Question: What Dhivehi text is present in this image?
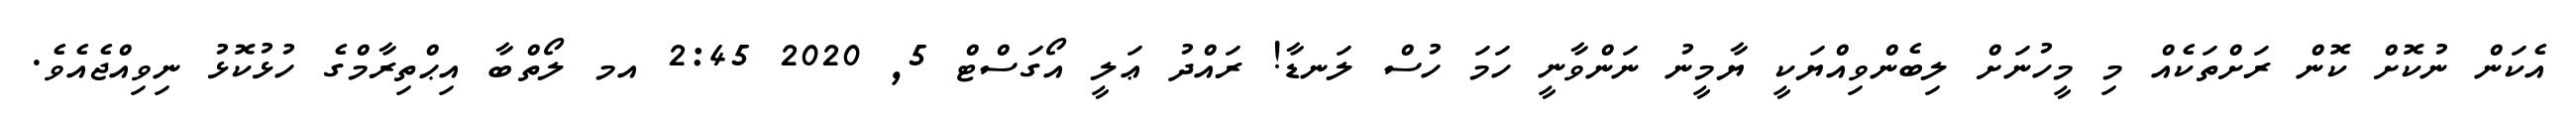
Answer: އެކަން ނުކޮށް ކޮން ރަށްތަކެއް މި މީހުނަށް ލިބެންވިއްޔަކީ ޔާމީނު ނަންވާނީ ހަމަ ހުސް ލަނޑާ! ރައްދު ޢަލީ އޯގަސްޓް 5, 2020 2:45 އމ ލޯތްބާ އިޙްތިރާމްގެ ހުޅުކޮޅު ނިވިއްޖެއެވެ.